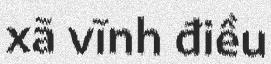
xã vĩnh điều